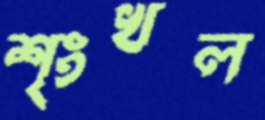
শৃংখল